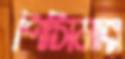
পিসিমার